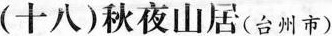
(十八)秋夜山居(台州市)